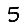
Digit: 5